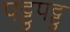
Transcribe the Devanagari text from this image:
पट्टुपट्टु